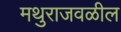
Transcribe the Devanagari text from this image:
मथुराजवळील